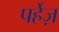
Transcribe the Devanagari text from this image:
पर्हेज़